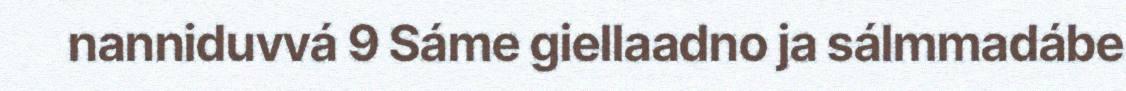
nanniduvvá 9 Sáme giellaadno ja sálmmadábe